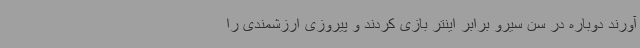
آورند دوباره در سن سیرو برابر اینتر بازی کردند و پیروزی ارزشمندی را